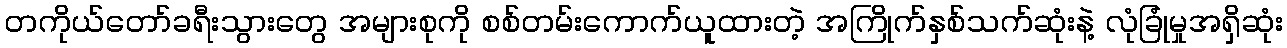
တကိုယ်တော်ခရီးသွားတွေ အများစုကို စစ်တမ်းကောက်ယူထားတဲ့ အကြိုက်နှစ်သက်ဆုံးနဲ့ လုံခြုံမှုအရှိဆုံး